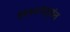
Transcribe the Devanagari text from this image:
१९४४पर्यंत